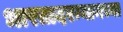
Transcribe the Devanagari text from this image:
भारतादरम्यानच्या